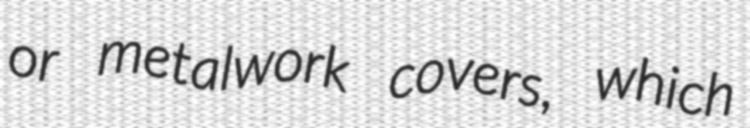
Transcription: or metalwork covers, which